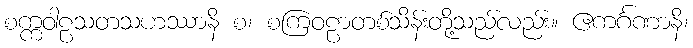
စက္ကဝါဠသတသဟဿာနိ စ၊ စကြဝဠာတစ်သိန်းတို့သည်လည်း။ ဧကင်္ဂဏာနိ၊